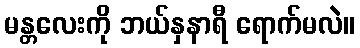
မန္တလေးကို ဘယ်နှနာရီ ရောက်မလဲ။